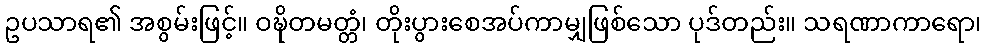
ဥပသာရ၏ အစွမ်းဖြင့်။ ဝဍ္ဎိတမတ္တံ၊ တိုးပွားစေအပ်ကာမျှဖြစ်သော ပုဒ်တည်း။ သရဏာကာရော၊